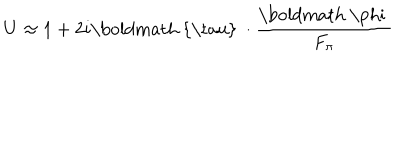
LaTeX: U \approx 1 + 2 i \mathrm { \boldmath ~ { \ t a u } ~ } \cdot \frac { \mathrm { \boldmath ~ \ p h i ~ } } { F _ { \pi } }